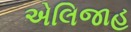
એલિજાહ